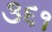
૩૬૧